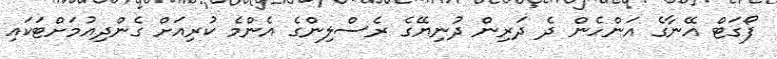
ފޯގަޓް އޭނާގެ އަންހެން ދެ ދަރިން ދުނިޔޭގެ ރެސްލިންގެ އެންމެ ކުރިއަށް ގެންދިއުމަށްޓަކައި